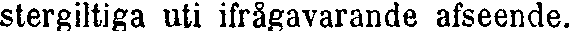
stergiltiga uti ifrågavarande afseende.